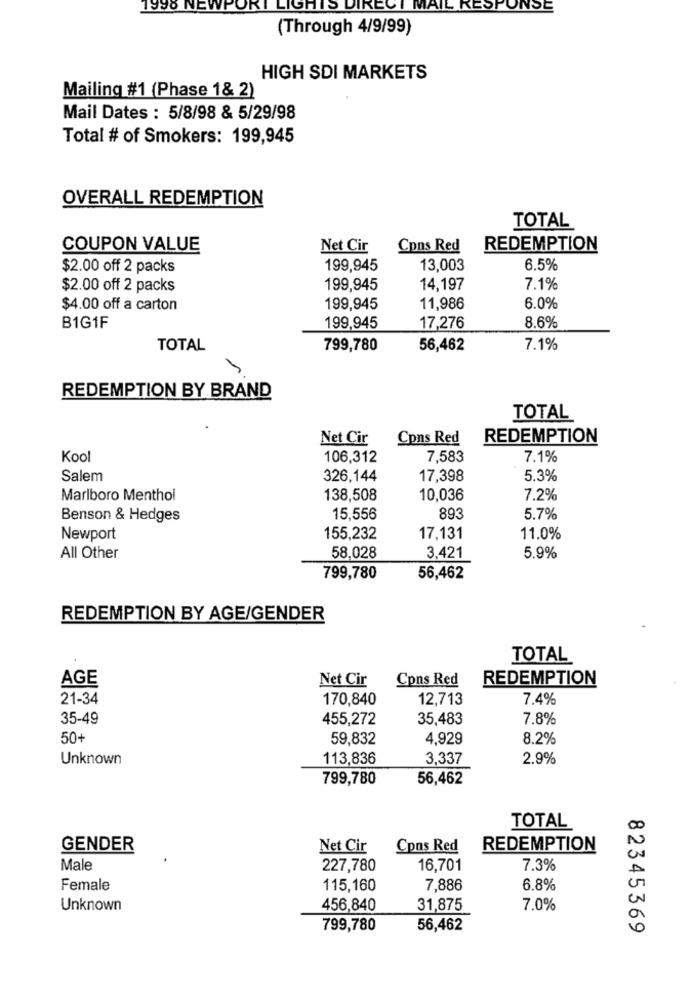
1998 NEWP
LIGHTS DIRECT MAIL RESPONSE
(Through 4/9/99)
HIGH SDI MARKETS
Mailing #1 (Phase 1& 2)
Mail Dates : 5/8/98 & 5/29/98
Total # of Smokers: 199,945
OVERALL REDEMPTION
TOTAL
COUPON VALUE
Net Cir
Cons Red
REDEMPTION
$2.00 off 2 packs
199,945
13,003
6.5%
$2.00 off 2 packs
199,945
14,197
7.1%
$4.00 off a carton
199,945
11,986
6.0%
B1G1F
199,945
17,276
8.6%
TOTAL
799,780
56,462
7.1%
REDEMPTION BY BRAND
TOTAL
Net Cir
Cons Red
REDEMPTION
Kool
106,312
7,583
7.1%
Salem
326,144
17,398
5.3%
Marlboro Menthol
138,508
10,036
7.2%
Benson & Hedges
15,556
893
5.7%
Newport
155,232
17,131
11.0%
All Other
58,028
3,421
5.9%
799,780
56,462
REDEMPTION BY AGE/GENDER
TOTAL
AGE
Net Cir
Cons Red
REDEMPTION
21-34
170,840
12,713
7.4%
35-49
455,272
35,483
7.8%
50+
59,832
4,929
8.2%
Unknown
113,836
3,337
2.9%
799,780
56,462
TOTAL
GENDER
Net Cir
Cons Red
REDEMPTION
Male
227,780
16,701
7.3%
Female
115,160
7,886
6.8%
Unknown
456,840
31,875
7.0%
799,780
56,462
82345369